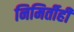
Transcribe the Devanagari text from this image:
निमिर्तीही